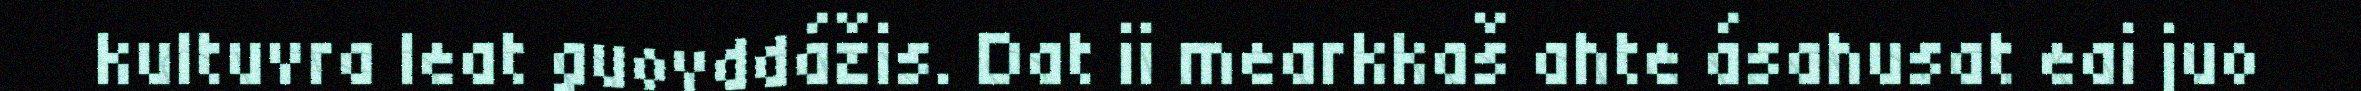
kultuvra leat guovddážis. Dat ii mearkkaš ahte ásahusat eai juo